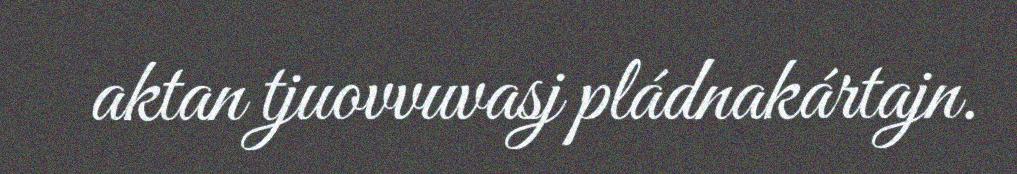
aktan tjuovvuvasj pládnakártajn.